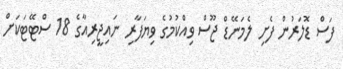
ފަސް ޑޮލަރުން ފެށި ލެމަނޭޑް ޖޫސް ވިއްކުމުގެ ވިޔަފާރި ނައިޖީރިއާގެ 18 ސްޓޭޓަކަށް